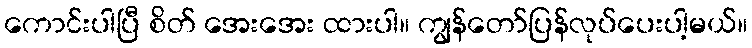
ကောင်းပါပြီ စိတ် အေးအေး ထားပါ။ ကျွန်တော်ပြန်လုပ်ပေးပါ့မယ်။